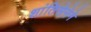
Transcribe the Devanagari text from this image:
शांतिसेनेने